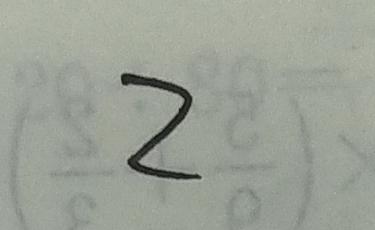
2